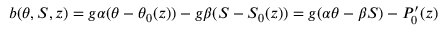
b ( \theta , S , z ) = g \alpha ( \theta - \theta _ { 0 } ( z ) ) - g \beta ( S - S _ { 0 } ( z ) ) = g ( \alpha \theta - \beta S ) - P _ { 0 } ^ { \prime } ( z )